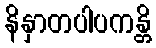
နိနှာတပါပကန္တိ